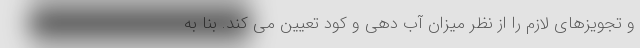
و تجویزهای لازم را از نظر میزان آب دهی و کود تعیین می کند. بنا به